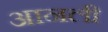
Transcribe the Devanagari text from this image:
आनली